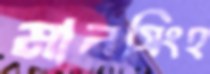
মানসিংহ